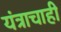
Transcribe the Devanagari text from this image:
यंत्राचाही